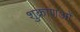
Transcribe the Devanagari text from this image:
शुक्राणओं